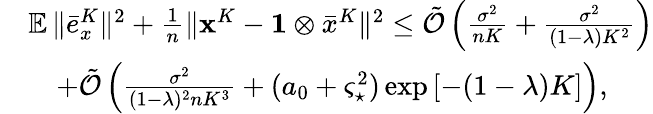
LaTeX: \begin{array}{rl}&{\mathop{\mathbb{E}}\| \bar{e}_{x}^{K}\| ^{2}+\frac{1}{n}\| {\mathbf{x}}^{K}-\mathbf{1}\otimes\bar{x}^{K}\| ^{2}\leq\tilde{\mathcal{O}}\left(\frac{\sigma^{2}}{nK}+\frac{\sigma^{2}}{(1-\lambda)K^{2}}\right)}\\ &{\quad+\tilde{\mathcal{O}}\left(\frac{\sigma^{2}}{(1-\lambda)^{2}nK^{3}}+(a_{0}+\varsigma_{\star}^{2})\exp\left[-(1-\lambda)K\right]\right),}\end{array}